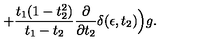
+ { \frac { t _ { 1 } ( 1 - t _ { 2 } ^ { 2 } ) } { t _ { 1 } - t _ { 2 } } } { \frac { \partial } { \partial t _ { 2 } } } \delta ( \epsilon , t _ { 2 } ) \Big ) g .